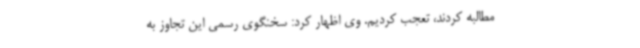
مطالبه کردند، تعجب کردیم. وی اظهار کرد: سخنگوی رسمی این تجاوز به